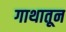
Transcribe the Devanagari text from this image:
गाथातून